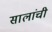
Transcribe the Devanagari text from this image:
सालांची